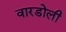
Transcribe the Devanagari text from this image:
वारडोली